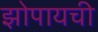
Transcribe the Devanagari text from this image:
झोपायची